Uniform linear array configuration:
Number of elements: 16
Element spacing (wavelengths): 0.25
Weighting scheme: uniform
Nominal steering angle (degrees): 0
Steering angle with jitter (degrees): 1.255
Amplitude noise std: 0.05
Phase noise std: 0.05

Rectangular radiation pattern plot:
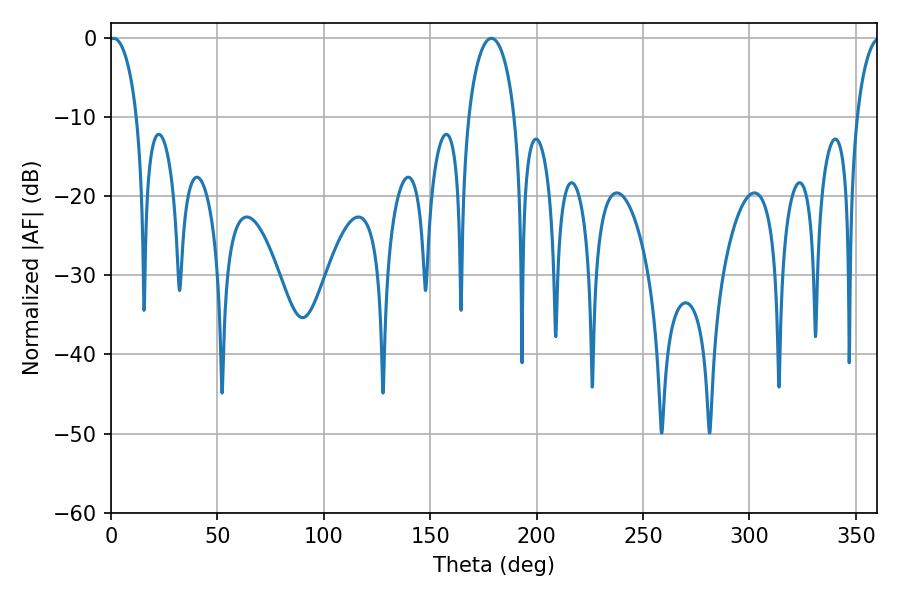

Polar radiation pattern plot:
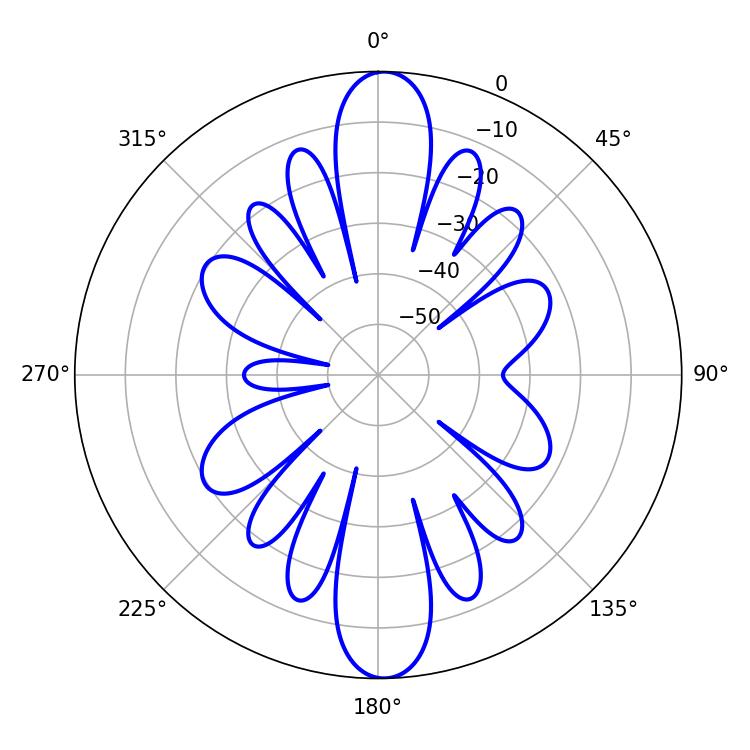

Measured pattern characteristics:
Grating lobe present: FALSE
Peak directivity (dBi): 22.586
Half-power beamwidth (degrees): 7.56
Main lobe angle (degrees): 1.26